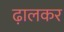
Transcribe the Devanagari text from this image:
ढ़ालकर